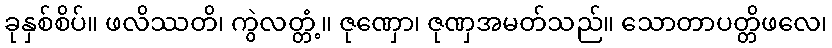
ခုနှစ်စိပ်။ ဖလိဿတိ၊ ကွဲလတ္တံ့။ ဇုဏှော၊ ဇုဏှအမတ်သည်။ သောတာပတ္တိဖလေ၊